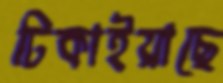
ঢিকাইয়াছে